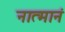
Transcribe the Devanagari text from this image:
नात्मानं